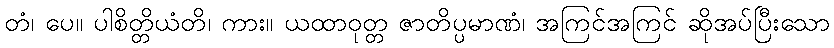
တံ၊ ပေ။ ပါစိတ္တိယံတိ၊ ကား။ ယထာဝုတ္တ ဇာတိပ္ပမာဏံ၊ အကြင်အကြင် ဆိုအပ်ပြီးသော